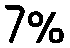
7%